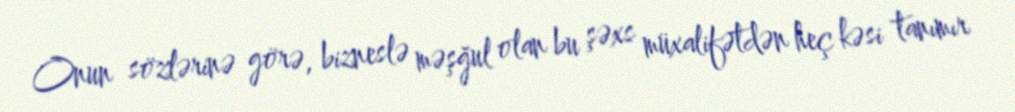
Onun sözlərinə görə, bizneslə məşğul olan bu şəxs müxalifətdən heç kəsi tanımır